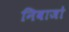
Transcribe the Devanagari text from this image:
निवाजो